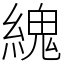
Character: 䌆